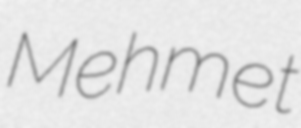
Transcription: Mehmet